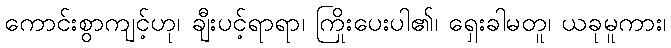
ကောင်းစွာကျင့်ဟု၊ ချီးပင့်ရာရာ၊ ကြိုးပေးပါ၏၊ ရှေးခါမတူ၊ ယခုမူကား၊